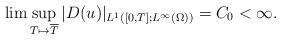
LaTeX: \begin{align*}\lim \sup_{T\mapsto \overline{T}} |D( u)|_{L^1([0,T]; L^\infty(\Omega))}=C_0<\infty.\end{align*}